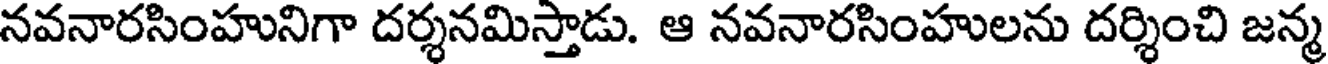
నవనారసింహునిగా దర్శనమిస్తాడు. ఆ నవనారసింహులను దర్శించి జన్మ